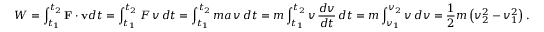
W = \int _ { t _ { 1 } } ^ { t _ { 2 } } \mathbf { F } \cdot \mathbf { v } d t = \int _ { t _ { 1 } } ^ { t _ { 2 } } F \, v \, d t = \int _ { t _ { 1 } } ^ { t _ { 2 } } m a \, v \, d t = m \int _ { t _ { 1 } } ^ { t _ { 2 } } v \, { \frac { d v } { d t } } \, d t = m \int _ { v _ { 1 } } ^ { v _ { 2 } } v \, d v = { \frac { 1 } { 2 } } m \left( v _ { 2 } ^ { 2 } - v _ { 1 } ^ { 2 } \right) .